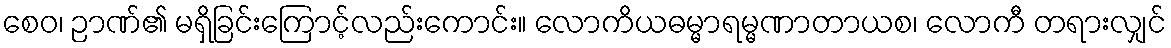
စေဝ၊ ဉာဏ်၏ မရှိခြင်းကြောင့်လည်းကောင်း။ လောကိယဓမ္မာရမ္မဏာတာယစ၊ လောကီ တရားလျှင်